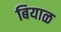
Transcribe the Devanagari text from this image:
बियाळ